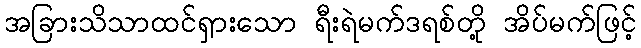
အခြားသိသာထင်ရှားသော ရီးရဲမက်ဒရစ်တို့ အိပ်မက်ဖြင့်